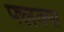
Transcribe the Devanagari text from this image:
फ्लक्‍स